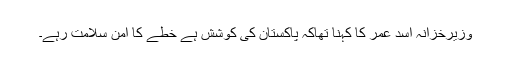
وزیرخزانہ اسد عمر کا کہنا تھاکہ پاکستان کی کوشش ہے خطے کا امن سلامت رہے۔